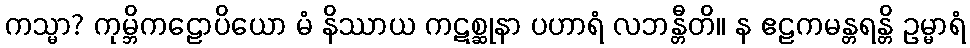
ကသ္မာ? ကုမ္ဘိကဠောပိယော မံ နိဿာယ ကဋစ္ဆုနာ ပဟာရံ လဘန္တီတိ။ န ဧဠကမန္တရန္တိ ဥမ္မာရံ